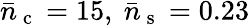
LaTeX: \bar{n}_{\mathrm{~c~}}=15,\ \bar{n}_{\mathrm{~s~}}=0.23